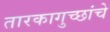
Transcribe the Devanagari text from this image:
तारकागुच्छांचे